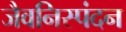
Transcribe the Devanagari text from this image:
जैवनिस्पंदन